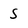
Character: S